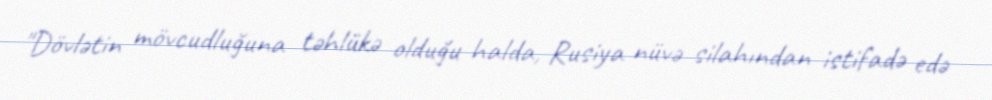
"Dövlətin mövcudluğuna təhlükə olduğu halda, Rusiya nüvə silahından istifadə edə